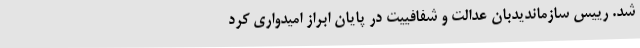
شد. رییس سازماندیدبان عدالت و شفافییت در پایان ابراز امیدواری کرد